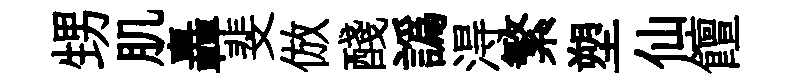
甥肌轟斐倣醆譌淂繁塑仙饘